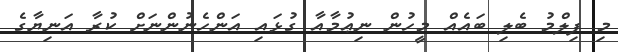
މި ފިލްމު ބެލި ބައެއް މީހުން ނިޢުމާއާ ގުޅައި އަންހެނުންނަށް ކުރާ އަނިޔާގެ